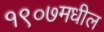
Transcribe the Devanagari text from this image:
१९०७मधील